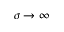
\sigma \to \infty